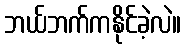
ဘယ်ဘက်ကနိုင်ခဲ့လဲ။